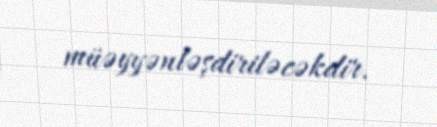
müəyyənləşdiriləcəkdir.